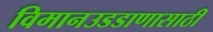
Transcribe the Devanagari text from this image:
विमानउडडाणासाठी